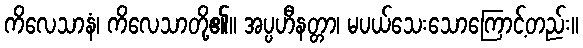
ကိလေသာနံ၊ ကိလေသာတို့၏။ အပ္ပဟီနတ္တာ၊ မပယ်သေးသောကြောင့်တည်း။